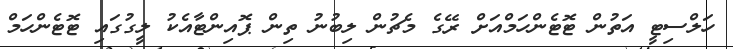
ހަލްސިޓީ އަތުން ޓޮޓެންހަމްއަށް ރޭގެ މެޗުން ލިބުނު ތިން ޕޮއިންޓާއެކު ލީގުގައި ޓޮޓެންހަމް